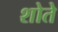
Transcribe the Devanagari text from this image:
शोते